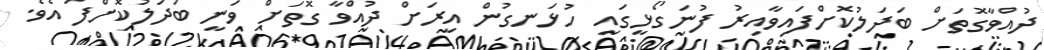
ދުއްވާގޮތަށް ބަދަލުކޮށްފައިވާއިރު ފުނަގޯޅީގައި ހުޅަނގުން އިރަށް ދުއްވާ ގޮތަށް ވަނީ ބަދަލުކޮށްފަ އެވެ.